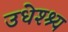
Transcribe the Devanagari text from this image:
उधेश्श्य